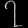
Digit: ၇